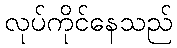
လုပ်ကိုင်နေသည်